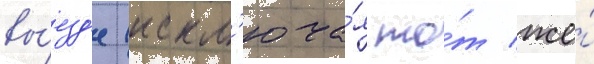
вы́езд'е (искл'юча́я то́т же́